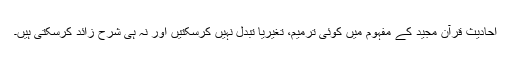
احادیث قرآن مجید کے مفہوم میں کوئی ترمیم، تغیریا تبدل نہیں کرسکتیں اور نہ ہی شرح زائد کرسکتی ہیں۔